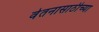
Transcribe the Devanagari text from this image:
वेतनासाठीच्या